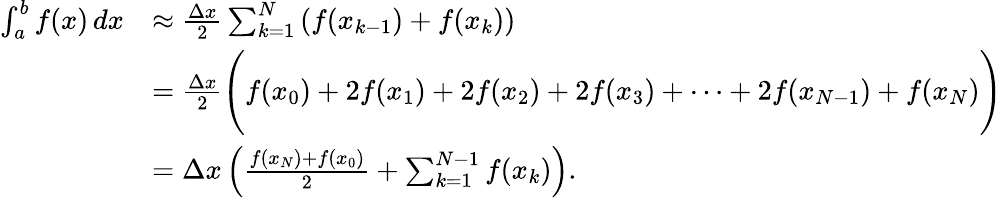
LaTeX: {\begin{array}{rl}{\int_{a}^{b}f(x)\, dx}&{\approx{\frac{\Delta x}{2}}\sum_{k=1}^{N}\left(f(x_{k-1})+f(x_{k})\right)}\\ &{={\frac{\Delta x}{2}}{\Biggl(}f(x_{0})+2f(x_{1})+2f(x_{2})+2f(x_{3})+\dotsb+2f(x_{N-1})+f(x_{N}){\Biggr)}}\\ &{=\Delta x\left({\frac{f(x_{N})+f(x_{0})}{2}}+\sum_{k=1}^{N-1}f(x_{k})\right).}\end{array}}